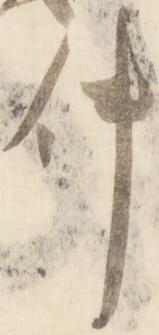
件